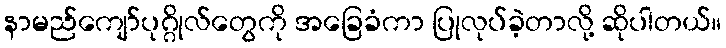
နာမည်ကျော်ပုဂ္ဂိုလ်တွေကို အခြေခံကာ ပြုလုပ်ခဲ့တာလို့ ဆိုပါတယ်။